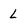
Character: L